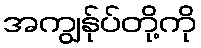
အကျွန်ုပ်တို့ကို